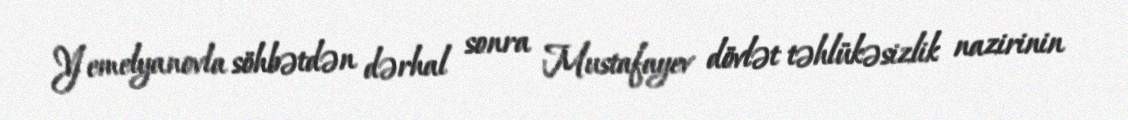
Yemelyanovla söhbətdən dərhal sonra Mustafayev dövlət təhlükəsizlik nazirinin